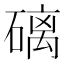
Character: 𥕮